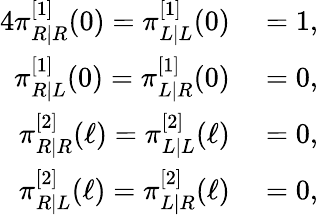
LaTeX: \begin{array}{rl}{{4}\pi_{R|R}^{[1]}(0)=\pi_{L|L}^{[1]}(0)}&{{}=1,}\\ {\pi_{R|L}^{[1]}(0)=\pi_{L|R}^{[1]}(0)}&{{}=0,}\\ {\pi_{R|R}^{[2]}(\ell)=\pi_{L|L}^{[2]}(\ell)}&{{}=0,}\\ {\pi_{R|L}^{[2]}(\ell)=\pi_{L|R}^{[2]}(\ell)}&{{}=0,}\end{array}